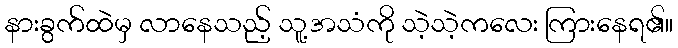
နားခွက်ထဲမှ လာနေသည့် သူ့အသံကို သဲ့သဲ့ကလေး ကြားနေရ၏။